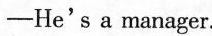
—He's a manager.